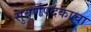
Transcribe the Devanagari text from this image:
सुवर्णपदकाचा